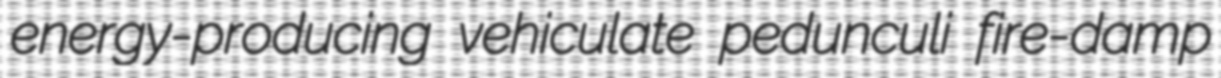
energy-producing vehiculate pedunculi fire-damp